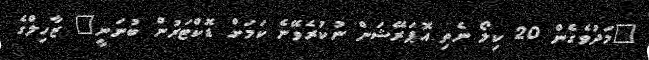
"މަދުވެގެން 20 ކިލޯ ނެތި އޮޕަރޭޝަން ނުކުރެވޭނެ ކަމަށް ޑޮކްޓަރުން ބުނަނީ" ޒާހިލްގެ